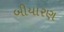
બીયારણ